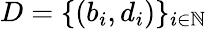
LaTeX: D=\{ (b_{i},d_{i})\} _{i\in\mathbb{N}}